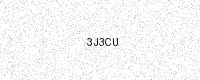
Text: 3J3CU